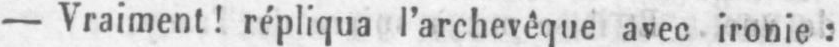
- Vraiment! répliqua l’archevêque avec ironie: